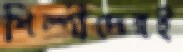
শিল্পীদেরই